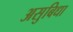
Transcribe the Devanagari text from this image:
असुबिधा